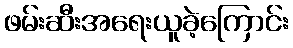
ဖမ်းဆီးအရေးယူခဲ့ကြောင်း